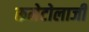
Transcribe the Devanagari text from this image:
रूमेटोलाजी